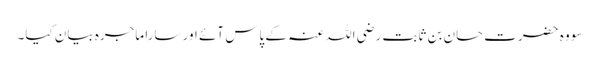
سو وہ حضرت حسان بن ثابت رضی اللہ عنہ کے پاس آئے اور سارا ماجرہ بیان کیا۔